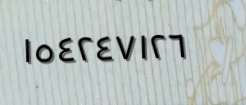
١٥٤٢٤٧١٢٦